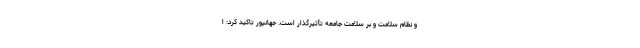
و نظام سلامت و بر سلامت جامعه تأثیرگذار است. جهانپور تاکید کرد: ا